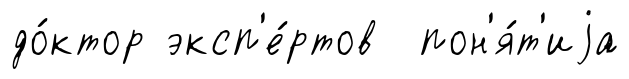
до́ктор эксп'е́ртов пон'я́т'иjа